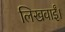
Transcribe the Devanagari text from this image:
लिखवाईं।